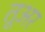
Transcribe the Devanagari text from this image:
तूअर